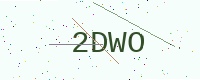
Text: 2DWO